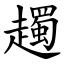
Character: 䟉